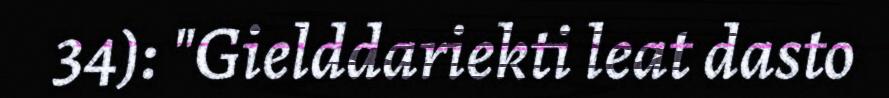
34): "Gielddariekti leat dasto